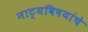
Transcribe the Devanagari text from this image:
नाट्यविषयांचे